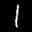
Label: 1